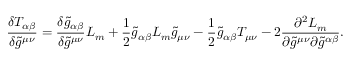
\frac { \delta T _ { \alpha \beta } } { \delta \tilde { g } ^ { \mu \nu } } = \frac { \delta \tilde { g } _ { \alpha \beta } } { \delta \tilde { g } ^ { \mu \nu } } L _ { m } + \frac { 1 } { 2 } \tilde { g } _ { \alpha \beta } L _ { m } \tilde { g } _ { \mu \nu } - \frac { 1 } { 2 } \tilde { g } _ { \alpha \beta } T _ { \mu \nu } - 2 \frac { \partial ^ { 2 } L _ { m } } { \partial \tilde { g } ^ { \mu \nu } \partial \tilde { g } ^ { \alpha \beta } } .